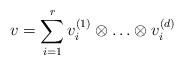
LaTeX: \begin{align*}v= \sum_{i=1}^r v_i^{(1)} \otimes \hdots \otimes v_i^{(d)}\end{align*}